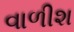
વાળીશ